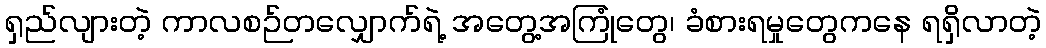
ရှည်လျားတဲ့ ကာလစဉ်တလျှောက်ရဲ့ အတွေ့အကြုံတွေ၊ ခံစားရမှုတွေကနေ ရရှိလာတဲ့